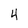
Character: 4